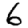
Digit: 6